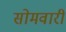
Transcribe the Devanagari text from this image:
सोमवारीं